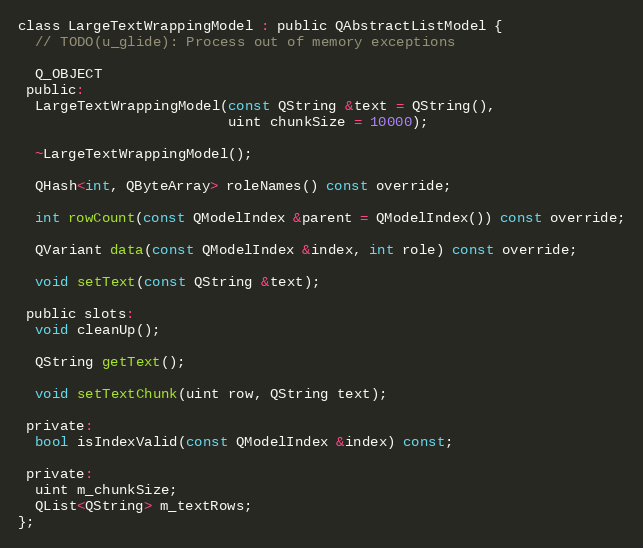
Language: C
class LargeTextWrappingModel : public QAbstractListModel {
  // TODO(u_glide): Process out of memory exceptions

  Q_OBJECT
 public:
  LargeTextWrappingModel(const QString &text = QString(),
                         uint chunkSize = 10000);

  ~LargeTextWrappingModel();

  QHash<int, QByteArray> roleNames() const override;

  int rowCount(const QModelIndex &parent = QModelIndex()) const override;

  QVariant data(const QModelIndex &index, int role) const override;

  void setText(const QString &text);

 public slots:
  void cleanUp();

  QString getText();

  void setTextChunk(uint row, QString text);

 private:
  bool isIndexValid(const QModelIndex &index) const;

 private:
  uint m_chunkSize;
  QList<QString> m_textRows;
};